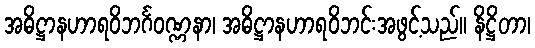
အဓိဋ္ဌာနဟာရဝိဘင်္ဂဝဏ္ဏနာ၊ အဓိဋ္ဌာနဟာရဝိဘင်းအဖွင့်သည်။ နိဋ္ဌိတာ၊